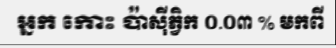
អ្នក កោះ ប៉ាស៊ីភ្វិក ០.០៣ % មកពី